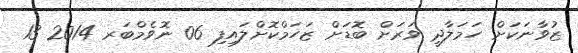
ޒުވާނަކަށް ހަމަލާދީ ވަރަށް ބޮޑަށް ޒަހަމްކޮށްލައިފި 06 ނޮވެމްބަރ 2014 13